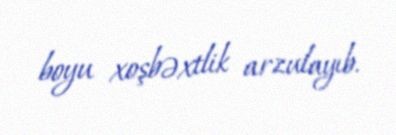
boyu xoşbəxtlik arzulayıb.